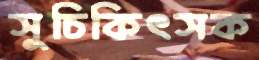
সুচিকিৎসক